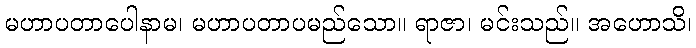
မဟာပတာပေါနာမ၊ မဟာပတာပမည်သော။ ရာဇာ၊ မင်းသည်။ အဟောသိ၊